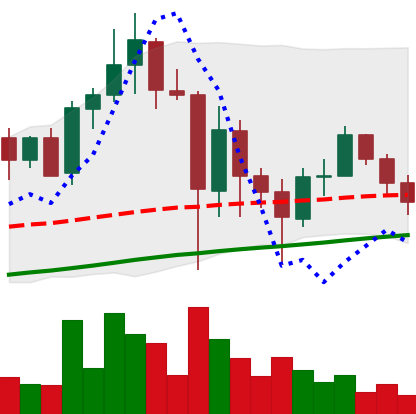
Ticker: ADA-USD
Chart end date: 2021-05-29
Forward return: 30.88%
Label: up_7plus